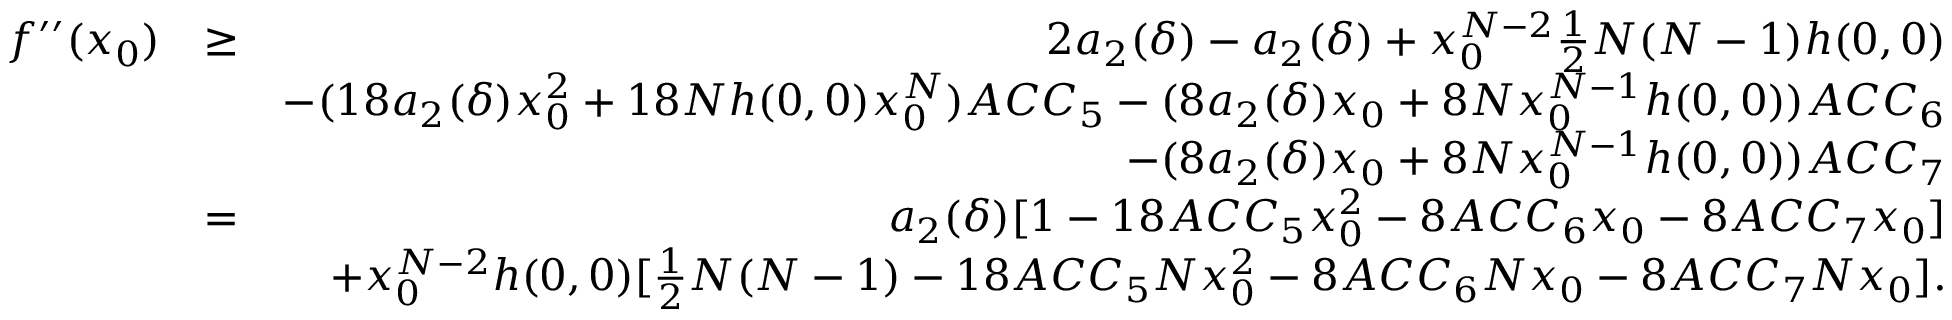
\begin{array} { r l r } { f ^ { \prime \prime } ( x _ { 0 } ) } & { \geq } & { 2 a _ { 2 } ( \delta ) - a _ { 2 } ( \delta ) + x _ { 0 } ^ { N - 2 } \frac { 1 } { 2 } N ( N - 1 ) h ( 0 , 0 ) } \\ & { } & { - ( 1 8 a _ { 2 } ( \delta ) x _ { 0 } ^ { 2 } + 1 8 N h ( 0 , 0 ) x _ { 0 } ^ { N } ) A C C _ { 5 } - ( 8 a _ { 2 } ( \delta ) x _ { 0 } + 8 N x _ { 0 } ^ { N - 1 } h ( 0 , 0 ) ) A C C _ { 6 } } \\ & { } & { - ( 8 a _ { 2 } ( \delta ) x _ { 0 } + 8 N x _ { 0 } ^ { N - 1 } h ( 0 , 0 ) ) A C C _ { 7 } } \\ & { = } & { a _ { 2 } ( \delta ) [ 1 - 1 8 A C C _ { 5 } x _ { 0 } ^ { 2 } - 8 A C C _ { 6 } x _ { 0 } - 8 A C C _ { 7 } x _ { 0 } ] } \\ & { } & { + x _ { 0 } ^ { N - 2 } h ( 0 , 0 ) [ \frac { 1 } { 2 } N ( N - 1 ) - 1 8 A C C _ { 5 } N x _ { 0 } ^ { 2 } - 8 A C C _ { 6 } N x _ { 0 } - 8 A C C _ { 7 } N x _ { 0 } ] . } \end{array}